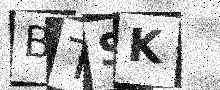
Text: BTSK